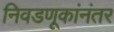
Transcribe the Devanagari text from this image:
निवडणूकांनंतर